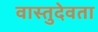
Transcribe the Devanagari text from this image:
वास्तुदेवता